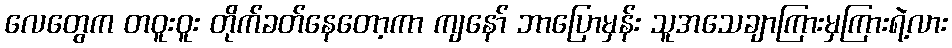
လေတွေက တဝူးဝူး တိုက်ခတ်နေတော့ကာ ကျနော် ဘာပြောမှန်း သူအသေချာကြားမှကြားရဲ့လား